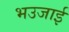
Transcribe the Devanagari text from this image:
भउजाई